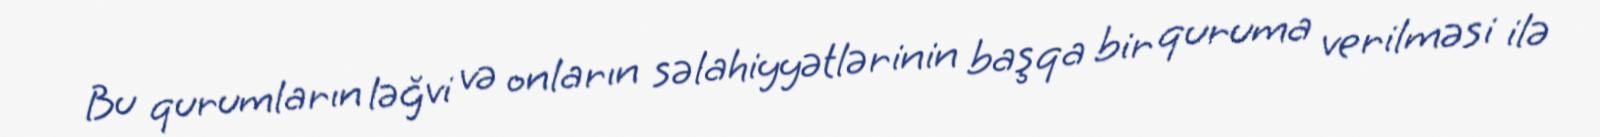
Bu qurumların ləğvi və onların səlahiyyətlərinin başqa bir quruma verilməsi ilə